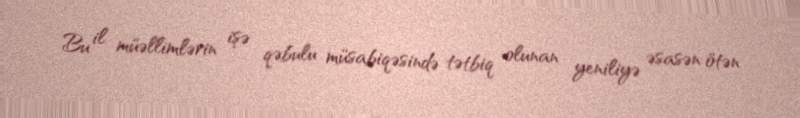
Bu il müəllimlərin işə qəbulu müsabiqəsində tətbiq olunan yeniliyə əsasən ötən